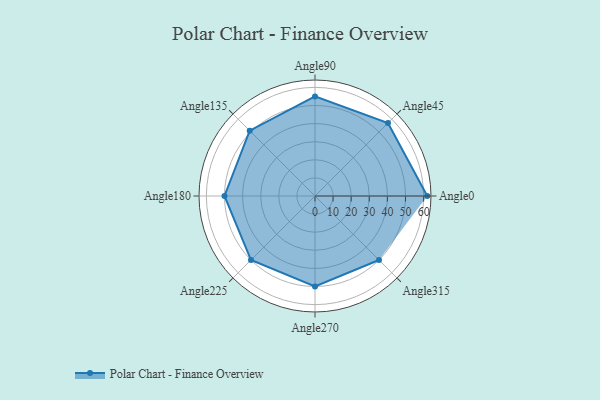
{"axis": {"x": "Angle", "y": "Radius"}, "legend": [""], "data": [{"x": "Angle0", "y": 62.0, "type": ""}, {"x": "Angle45", "y": 57.0, "type": ""}, {"x": "Angle90", "y": 55.0, "type": ""}, {"x": "Angle135", "y": 51.0, "type": ""}, {"x": "Angle180", "y": 50, "type": ""}, {"x": "Angle225", "y": 50, "type": ""}, {"x": "Angle270", "y": 50, "type": ""}, {"x": "Angle315", "y": 50, "type": ""}]}